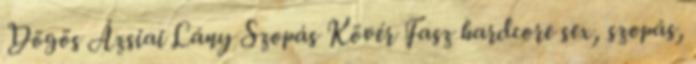
Dögös Ázsiai Lány Szopás Kövér Fasz hardcore sex, szopás,